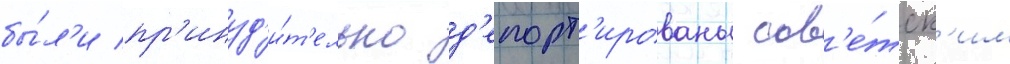
бы́л'и пр'инуд'и́т'ельно д'епорт'ированы сов'е́тск'им